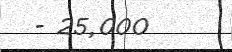
- 25